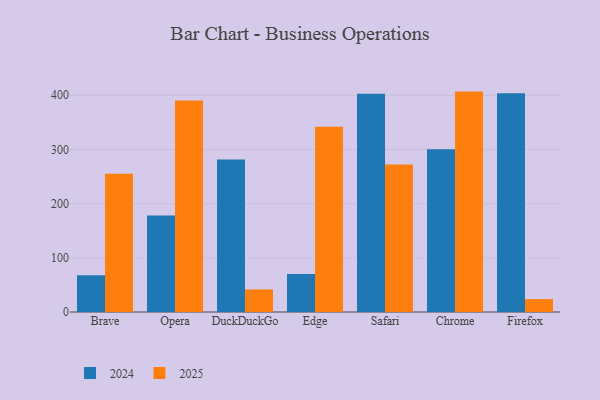
{"axis": {"x": "Browser", "y": "Market Share (%)"}, "legend": ["2024", "2025"], "data": [{"x": "Brave", "y": 255.3, "type": "2025"}, {"x": "Brave", "y": 68.0, "type": "2024"}, {"x": "Opera", "y": 390.3, "type": "2025"}, {"x": "Opera", "y": 178.3, "type": "2024"}, {"x": "DuckDuckGo", "y": 41.6, "type": "2025"}, {"x": "DuckDuckGo", "y": 281.5, "type": "2024"}, {"x": "Edge", "y": 341.8, "type": "2025"}, {"x": "Edge", "y": 70.0, "type": "2024"}, {"x": "Safari", "y": 272.0, "type": "2025"}, {"x": "Safari", "y": 402.9, "type": "2024"}, {"x": "Chrome", "y": 406.7, "type": "2025"}, {"x": "Chrome", "y": 300.4, "type": "2024"}, {"x": "Firefox", "y": 23.8, "type": "2025"}, {"x": "Firefox", "y": 403.6, "type": "2024"}]}